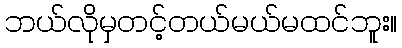
ဘယ်လိုမှတင့်တယ်မယ်မထင်ဘူး။